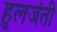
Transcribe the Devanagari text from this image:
हुलजंती